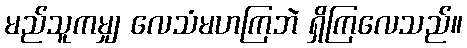
မည်သူကမျှ လေသံမဟကြဘဲ ရှိကြလေသည်။